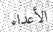
الأعداء